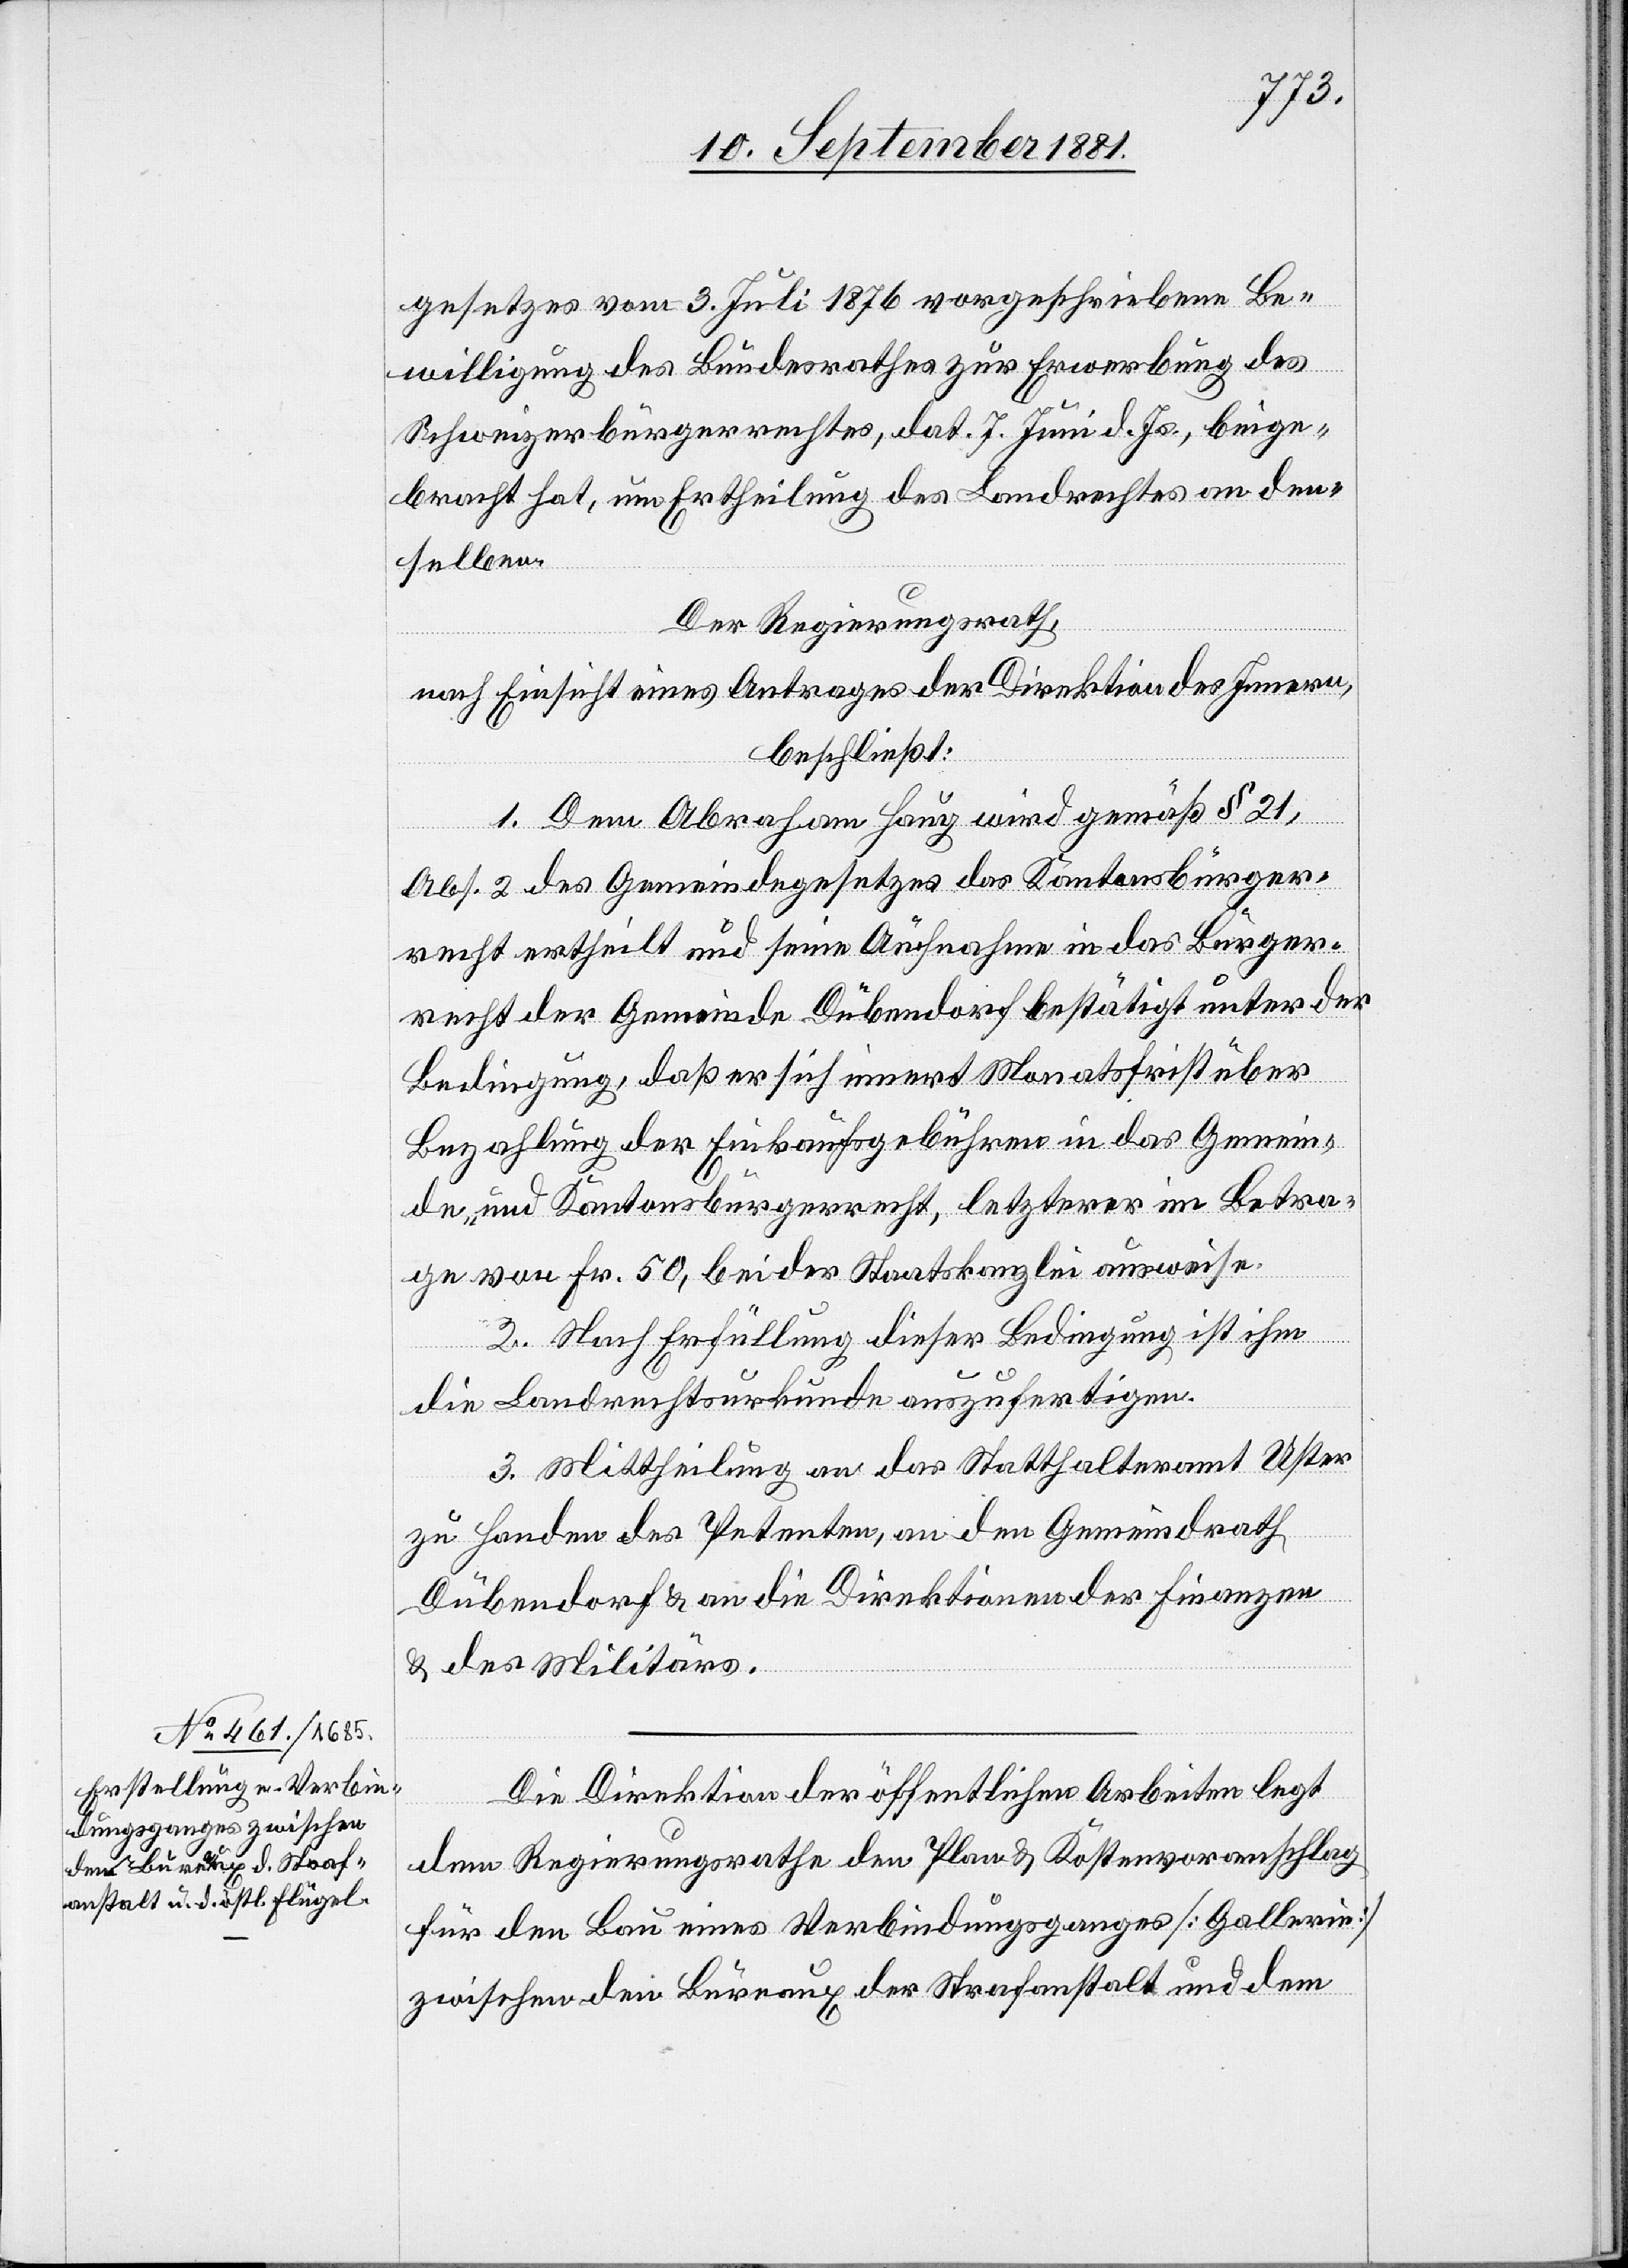
gesetzes vom 3. Juli 1876 vorgeschriebene Be¬
willigung des Bundesrathes zur Erwerbung des
Schweizerbürgerrechtes, dat. 7. Juni d. Js., beige¬
bracht hat, um Ertheilung des Landrechtes an den¬
selben.
Der Regierungsrath,
nach Einsicht eines Antrages der Direktion des Innern,
beschließt:
1. Dem Abraham Haug wird gemäß § 21,
Abs. 2 des Gemeindegesetzes das Kantonsbürger¬
recht ertheilt und seine Aufnahme in das Bürger¬
recht der Gemeinde Dübendorf bestätigt unter der
Bedingung, daß er sich innert Monatsfrist über
Bezahlung der Einkaufsgebühren in das Gemein¬
de- und Kantonsbürgerrecht, letzterer im Betra¬
ge von Fr. 50, bei der Staatskanzlei ausweise.
2. Nach Erfüllung dieser Bedingung ist ihm
die Landrechtsurkunde auszufertigen.
3. Mittheilung an das Statthalteramt Uster
zu Handen des Petenten, an den Gemeindrath
Dübendorf & an die Direktionen der Finanzen
& des Militärs.
Die Direktion der öffentlichen Arbeiten legt
dem Regierungsrathe den Plan & Kostenvoranschlag
für den Bau eines Verbindungsganges [Gallerie]
zwischen den Bureaux der Strafanstalt und dem